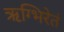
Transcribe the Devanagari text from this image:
ऋग्भिरेतं